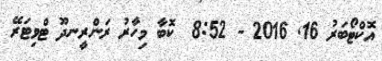
އޮކްޓޯބަރު 16